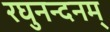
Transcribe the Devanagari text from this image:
रघुनन्दनम्‌